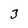
Character: 3